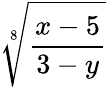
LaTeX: \sqrt[8]{\frac{x-5}{3-y}}